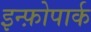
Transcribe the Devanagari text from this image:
इन्फ़ोपार्क